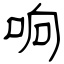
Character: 响